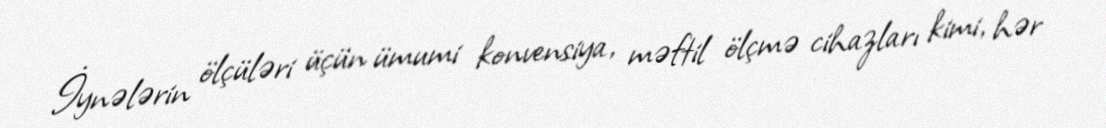
İynələrin ölçüləri üçün ümumi konvensiya, məftil ölçmə cihazları kimi, hər